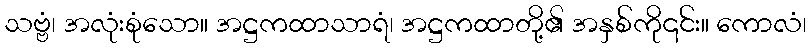
သဗ္ဗံ၊ အလုံးစုံသော။ အဋ္ဌကထာသာရံ၊ အဋ္ဌကထာတို့၏ အနှစ်ကို၎င်း။ ကောလံ၊